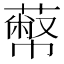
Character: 𦻾